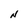
Character: N